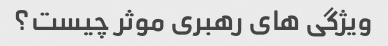
ویژگی های رهبری موثر چیست؟